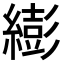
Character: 𦅈